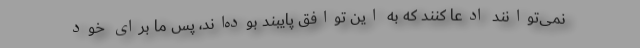
نمی‌توانند ادعا کنند که به این توافق پایبند بوده‌اند، پس ما برای خود